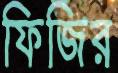
ফিজির